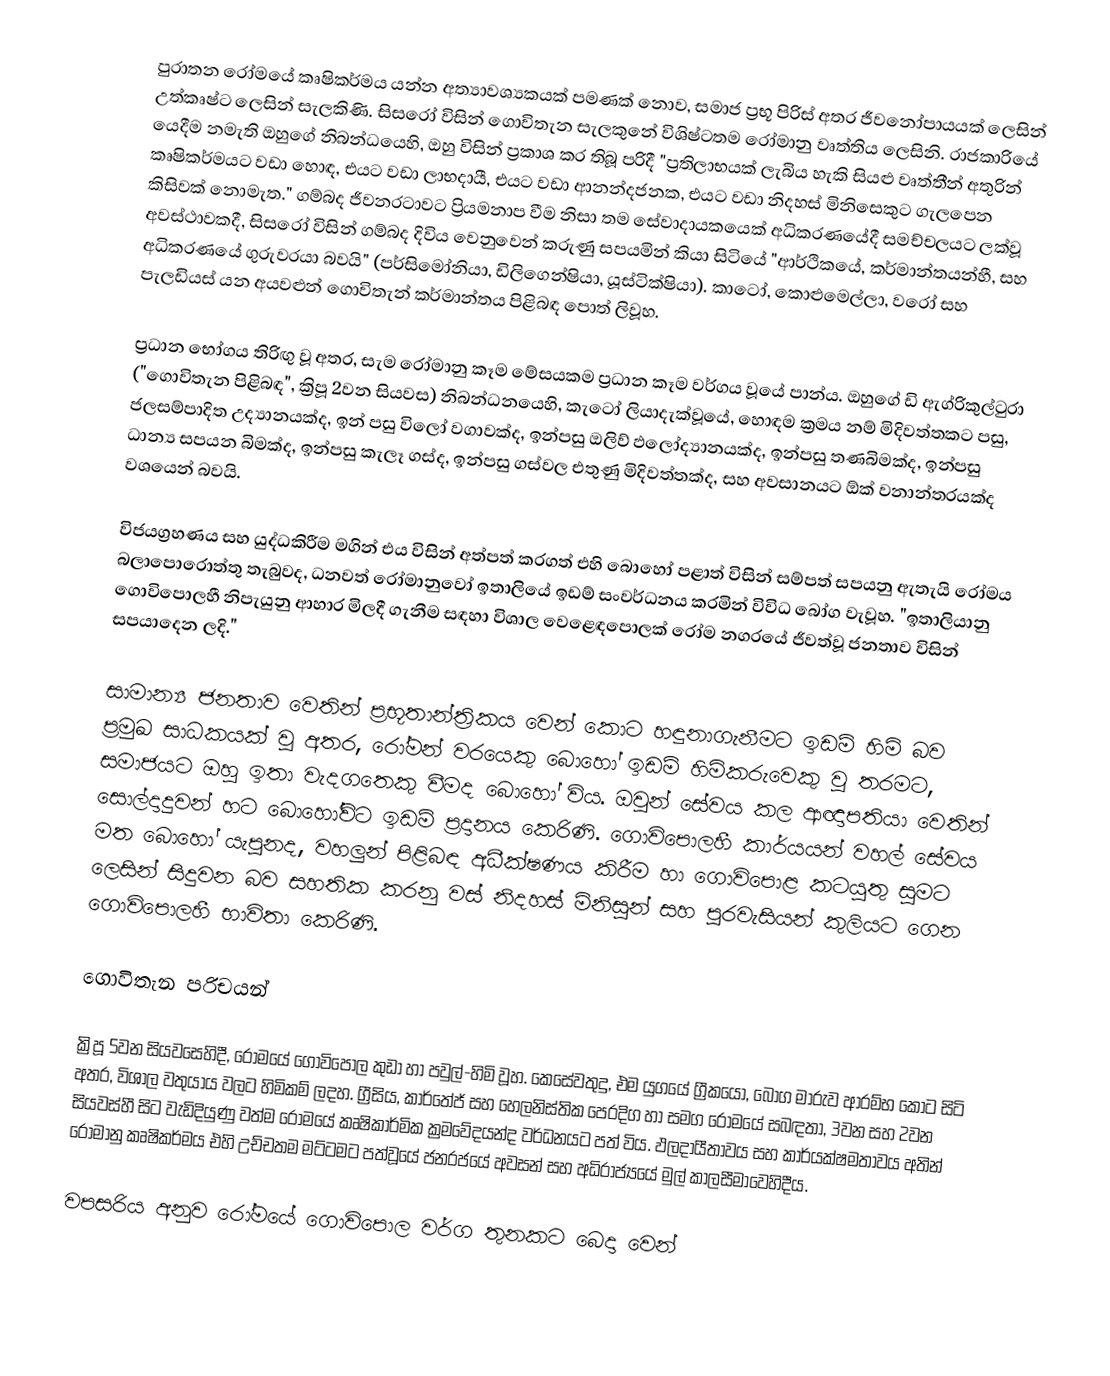
පුරාතන රෝමයේ කෘෂිකර්මය යන්න අත්‍යාවශ්‍යකයක් පමණක් නොව, සමාජ ප්‍රභූ පිරිස් අතර ජීවනෝපායයක් ලෙසින් උත්කෘෂ්ට ලෙසින් සැලකිණි. සිසරෝ විසින් ගොවිතැන සැලකුනේ විශිෂ්ටතම රෝමානු වෘත්තිය ලෙසිනි.  රාජකාරියේ යෙදීම නමැති ඔහුගේ නිබන්ධයෙහි, ඔහු විසින් ප්‍රකාශ කර තිබූ පරිදී "ප්‍රතිලාභයක් ලැබිය හැකි සියළු වෘත්තීන් අතුරින් කෘෂිකර්මයට වඩා හොඳ, එයට වඩා ලාභදායී, එයට වඩා ආනන්දජනක, එයට වඩා නිදහස් මිනිසෙකුට ගැලපෙන කිසිවක් නොමැත."  ගම්බද ජීවනරටාවට ප්‍රියමනාප වීම නිසා තම සේවාදායකයෙක් අධිකරණයේදී සමච්චලයට ලක්වූ අවස්ථාවකදී, සිසරෝ විසින් ගම්බද දිවිය වෙනුවෙන් කරුණු සපයමින් කියා සිටියේ  "ආර්ථිකයේ, කර්මාන්තයන්හී, සහ අධිකරණයේ ගුරුවරයා බවයි" (පර්සිමෝනියා, ඩිලිගෙන්ෂියා, යූස්ටික්ෂියා). කාටෝ, කොළුමෙල්ලා, වරෝ සහ පැලඩියස් යන අයවළුන් ගොවිතැන් කර්මාන්තය පිළිබඳ පොත් ලිවූහ.

ප්‍රධාන භෝගය තිරිඟු වූ අතර, සැම රෝමානු කෑම මේසයකම ප්‍රධාන කෑම වර්ගය වූයේ පාන්ය. ඔහුගේ  ඩි ඇග්රිකුල්ටුරා ("ගොවිතැන පිළිබඳ", ක්‍රිපූ 2වන සියවස) නිබන්ධනයෙහි, කැටෝ ලියාදැක්වූයේ, හොඳම ක්‍රමය නම් මිදිවත්තකට පසු, ජලසම්පාදිත උද්‍යානයක්ද, ඉන් පසු විලෝ වගාවක්ද, ඉන්පසු ඔලිව් ඵලෝද්‍යානයක්ද, ඉන්පසු තණබිමක්ද, ඉන්පසු ධාන්‍ය සපයන බිමක්ද, ඉන්පසු කැලෑ ගස්ද, ඉන්පසු ගස්වල එතුණු මිදිවත්තක්ද, සහ අවසානයට ඕක් වනාන්තරයක්ද වශයෙන් බවයි.

විජයග්‍රහණය සහ යුද්ධකිරීම මගින් එය විසින් අත්පත් කරගත් එහි බොහෝ  පළාත් විසින් සම්පත් සපයනු ඇතැයි රෝමය බලාපොරොත්තු තැබුවද, ධනවත් රෝමානුවෝ ඉතාලියේ ඉඩම් සංවර්ධනය කරමින් විවිධ බෝග වැවූහ. "ඉතාලියානු ගොවිපොලහී නිපැයුනු ආහාර මිලදී ගැනීම සඳහා විශාල වෙළෙඳපොලක් රෝම නගරයේ ජීවත්වූ ජනතාව විසින් සපයාදෙන ලදි."

සාමාන්‍ය ජනතාව වෙතින් ප්‍රභූතාන්ත්‍රිකය වෙන් කොට හඳුනාගැනීමට ඉඩම් හිමි බව ප්‍රමුඛ සාධකයක් වූ අතර, රෝමන් වරයෙකු බොහෝ ඉඩම් හිමිකරුවෙකු වූ තරමට, සමාජයට ඔහු ඉතා වැදගතෙකු වීමද බොහෝ විය. ඔවුන් සේවය කල ආඥාපතියා වෙතින් සොල්දාදුවන් හට බොහෝවිට ඉඩම් ප්‍රදානය කෙරිණි. ගොවිපොලහී කාර්යයන් වහල් සේවය මත බොහෝ යැපුනද, වහලුන් පිළිබඳ අධීක්ෂණය කිරීම හා ගොවිපොළ කටයුතු සුමට ලෙසින් සිදුවන බව සහතික කරනු වස් නිදහස් මිනිසුන් සහ පුරවැසියන් කුලියට ගෙන ගොවිපොලහී භාවිතා කෙරිණි.

ගොවිතැන පරිචයන්

ක්‍රිපූ 5වන සියවසෙහිදී, රෝමයේ ගොවිපොල කුඩා හා පවුල්-හිමි වූහ. කෙසේවතුදු, එම යුගයේ  ග්‍රීකයෝ, බෝග මාරුව ආරම්භ කොට සිටි අතර, විශාල වතුයාය වලට හිමිකම් ලදහ. ග්‍රීසිය, කාර්තේජ් සහ හෙලනිස්තික පෙරදිග හා සමග රෝමයේ සබඳතා, 3වන සහ 2වන සියවස්හී සිට වැඩිදියුණු වත්ම රෝමයේ කෘෂිකාර්මික ක්‍රමවේදයන්ද වර්ධනයට පත් විය. ඵලදායීතාවය සහ කාර්යක්ෂමතාවය අතින් රෝමානු කෘෂිකර්මය එහි උච්චතම මට්ටමට පත්වූයේ  ජනරජයේ අවසන් සහ අධිරාජ්‍යයේ මුල් කාලසීමාවෙහිදීය.

වපසරිය අනුව රෝමයේ ගොවිපොල වර්ග තුනකට බෙදා වෙන්